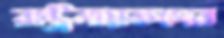
রাষ্ট্রনায়কদের